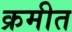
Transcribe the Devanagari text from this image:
क्रमीत